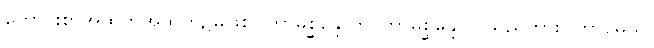
ကောင်းစွာအထက်အထက်၌မဖြစ်။ ကာမစ္ဆန္ဒောတိ၊ ကာမစ္ဆန္ဒောဟူသည်ကား။ ကာမေသု၊